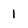
Character: 1